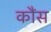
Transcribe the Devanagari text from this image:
कौंस